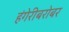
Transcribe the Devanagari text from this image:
हंगेरीबरोबर